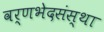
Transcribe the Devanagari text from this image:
वर्णभेदसंस्था